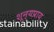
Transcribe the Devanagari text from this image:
शून्यप्राय